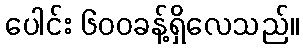
ပေါင်း ၆၀၀ခန့်ရှိလေသည်။